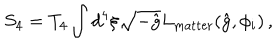
S _ { 4 } = T _ { 4 } \int d ^ { 4 } \xi \sqrt { - \hat { g } } L _ { \mathrm { m a t t e r } } ( \hat { g } , \phi _ { i } ) \, ,